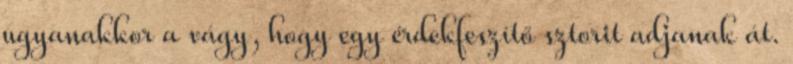
ugyanakkor a vágy, hogy egy érdekfeszítő sztorit adjanak át.